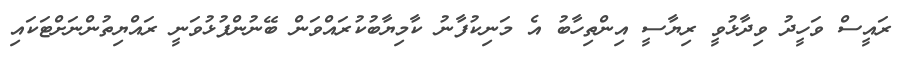
ރައީސް ވަހީދު ވިދާޅުވީ ރިޔާސީ އިންތިހާބު އެ މަނިކުފާނު ކާމިޔާބުކުރައްވަން ބޭނުންފުޅުވަނީ ރައްޔިތުންނަށްޓަކައި